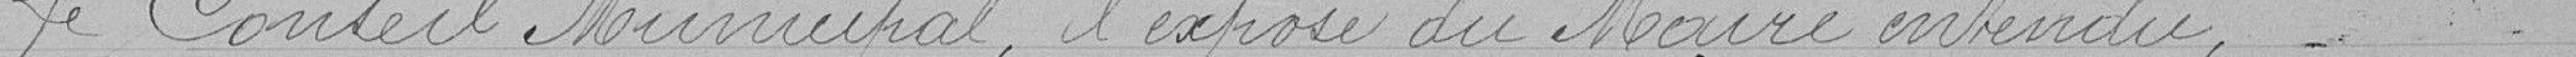
Le conseil municipal l'exposé du maire entendu